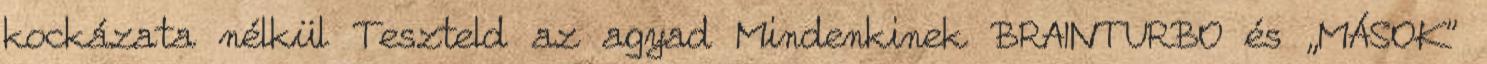
kockázata nélkül Teszteld az agyad Mindenkinek BRAINTURBO és „MÁSOK”